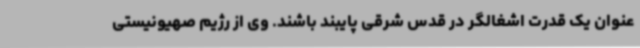
عنوان یک قدرت اشغالگر در قدس شرقی پایبند باشند. وی از رژیم صهیونیستی